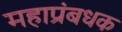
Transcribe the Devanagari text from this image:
महाप्रंबधक